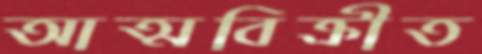
আত্মবিক্রীত